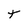
Character: t